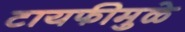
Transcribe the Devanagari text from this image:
टायफीमुळे